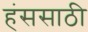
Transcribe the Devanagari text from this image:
हंससाठी